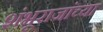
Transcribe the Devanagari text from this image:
शंभूराजांच्या